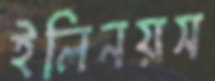
ইলিনয়স